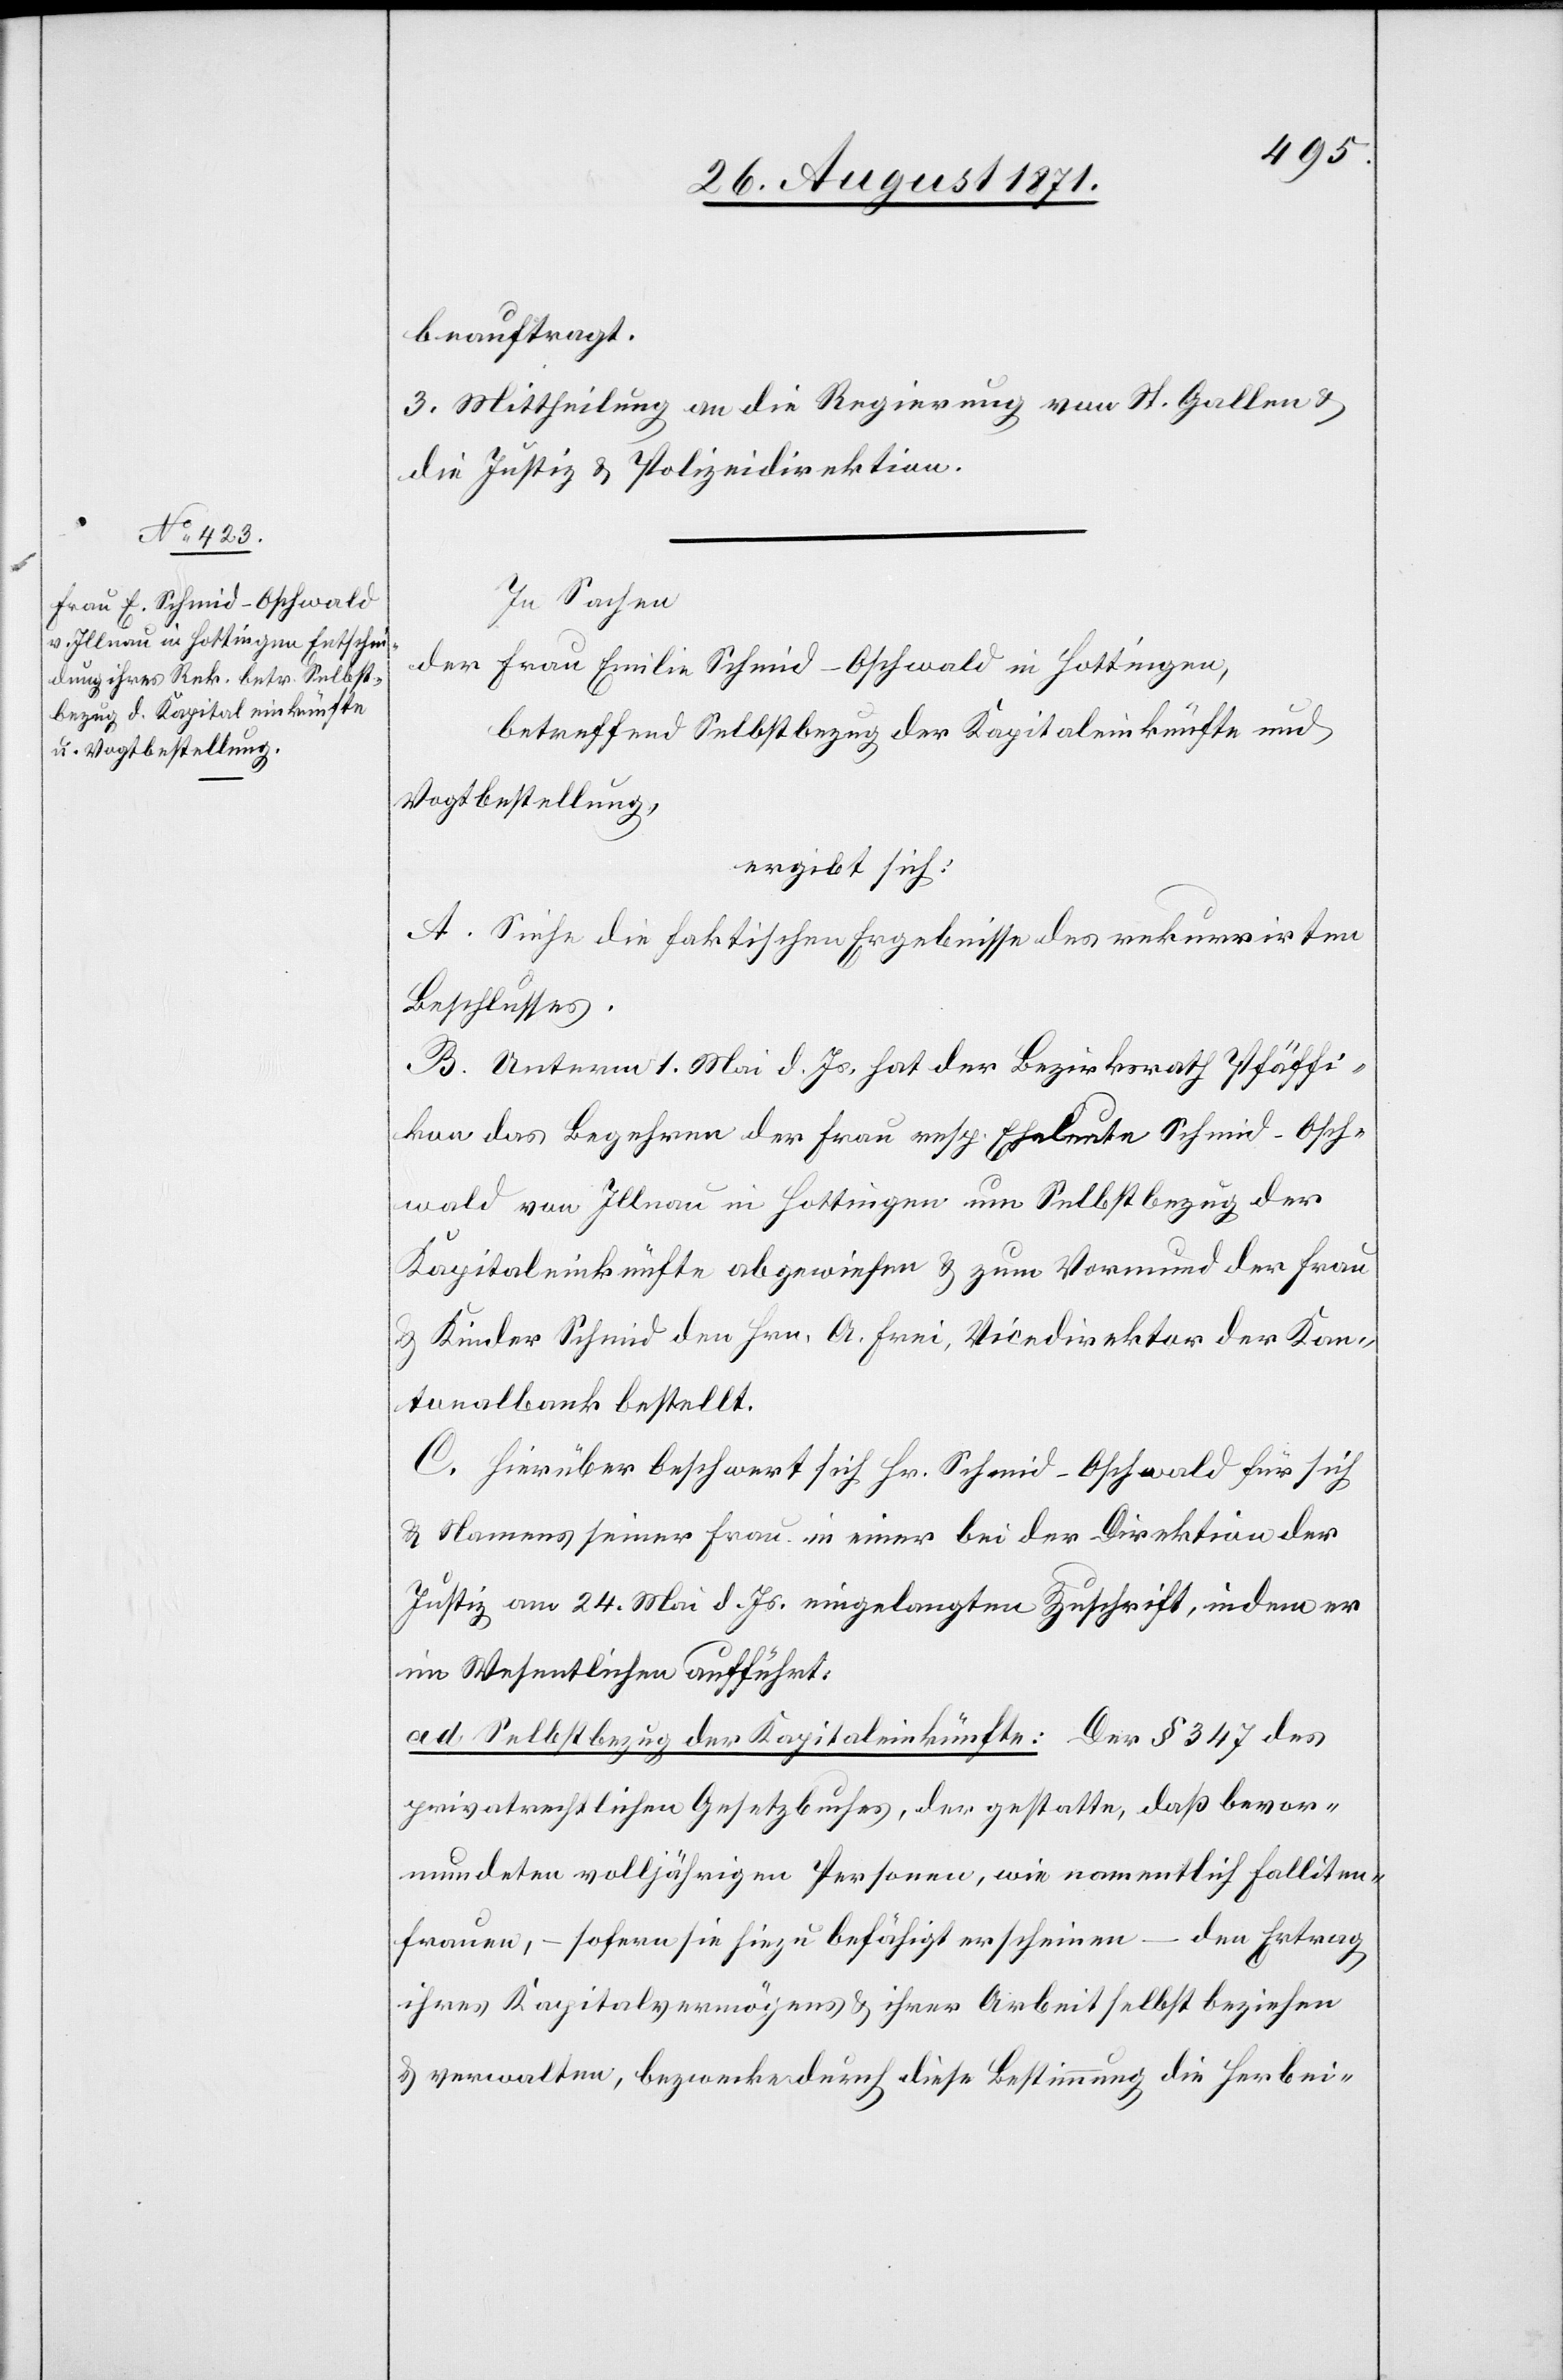
beauftragt.
3. Mittheilung an die Regierung von St. Gallen &
die Justiz[-] & Polizeidirektion.
In Sachen
der Frau Emilie Schmid-Oschwald in Hottingen,
betreffend Selbstbezug der Kapitaleinkünfte und
Vogtbestellung,
ergibt sich:
A. Siehe die faktischen Ergebnisse des rekurrirten
Beschlusses.
B. Unterm 1. Mai d. Js. hat der Bezirksrath Pfäffi¬
kon das Begehren der Frau resp. Eheleute Schmid-Osch¬
wald von Illnau in Hottingen um Selbstbezug der
Kapitaleinkünfte abgewiesen & zum Vormund der Frau
Kinder Schmid den Hrn. A. Frei, Vicedirektor der Kan¬
tonalbank bestellt.
C. Hierüber beschwert sich Hr. Schmid-Oschwald für sich
& Namens seiner Frau in einer bei der Direktion der
Justiz vom 24. Mai d. Js. eingelegten Zuschrift, indem er
im Wesentlichen aufführt:
ad Selbstbezug der Kapitaleinkünfte: Der § 347 des
privatrechtlichen Gesetzbuches, der gestatte, daß bevor¬
mundeten volljährigen Personen, wie namentlich Falliten¬
frauen, – sofern sie hiezu befähigt erscheinen – den Ertrag
ihres Kapitalvermögens & ihrer Arbeit selbst beziehen
& verwalten, bezwecke durch diese Bestimmung die Herbei-